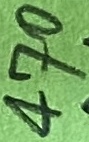
Text: 470